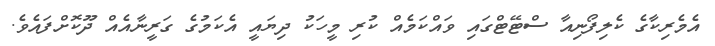
އެމެރިކާގެ ކެލިފޯނިއާ ސްޓޭޓްގައި ވައްކަމެއް ކުރި މީހަކު ދިޔައީ އެކަމުގެ ގަރީނާއެއް ދޫކޮށްފައެވެ.